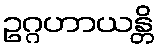
ဥဂ္ဂဟာယန္တိ